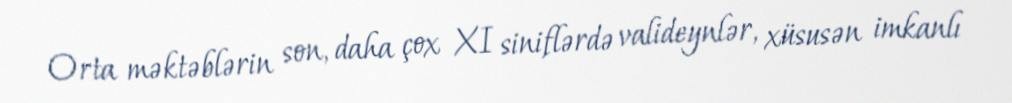
Orta məktəblərin son, daha çox XI siniflərdə valideynlər, xüsusən imkanlı